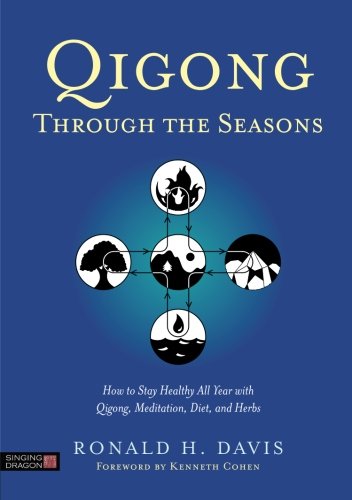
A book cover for Qigong Through the Seasons: How to Stay Healthy All Year with Qigong, Meditation, Diet, and Herbs; Ronald H. Davis; Health, Fitness & Dieting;